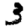
Digit: 3